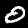
Label: 0